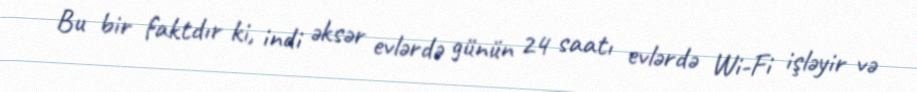
Bu bir faktdır ki, indi əksər evlərdə günün 24 saatı evlərdə Wi-Fi işləyir və